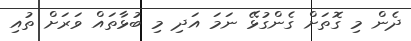
ދެން މި ގޮތަށް ގެންގުޅޭ ނަމަ އަދި މި ބުޅާތައް ވަރަށް ތުއި